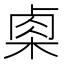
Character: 𭪢